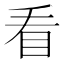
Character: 看